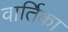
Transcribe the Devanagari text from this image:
वार्तिका